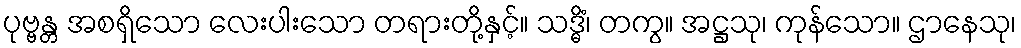
ပုဗ္ဗန္တ အစရှိသော လေးပါးသော တရားတို့နှင့်။ သဒ္ဓိံ၊ တကွ။ အဋ္ဌသု၊ ကုန်သော။ ဌာနေသု၊